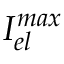
{ { I } _ { e l } ^ { m a x } }